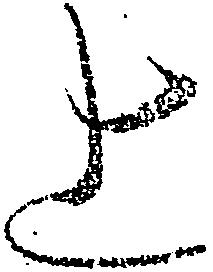
上